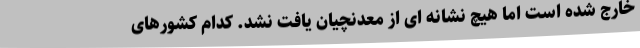
خارج شده است اما هیچ نشانه ای از معدنچیان یافت نشد. کدام کشورهای